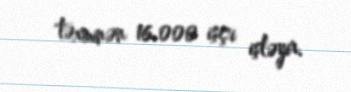
təxminən 16.000 işçi işləyir.